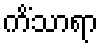
ကိံသာရာ